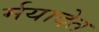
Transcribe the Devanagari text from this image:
र्मयादेत